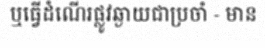
ឬធ្វើដំណើរផ្លូវឆ្ងាយជាប្រចាំ - មាន